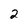
Character: 2